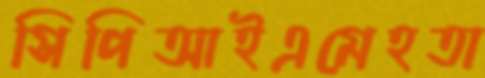
সিপিআইএমেহতা